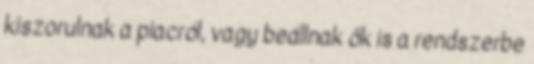
kiszorulnak a piacról, vagy beállnak ők is a rendszerbe